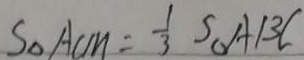
S _ { \Delta } A C M = \frac { 1 } { 3 } S _ { \Delta } A B C